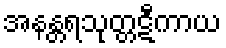
အနန္တရသုတ္တဋီကာယ